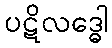
ပဋိလဒ္ဓေါ